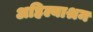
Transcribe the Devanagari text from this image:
अहिल्याश्रम